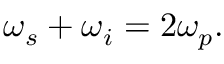
\begin{array} { r } { \omega _ { s } + \omega _ { i } = 2 \omega _ { p } . } \end{array}